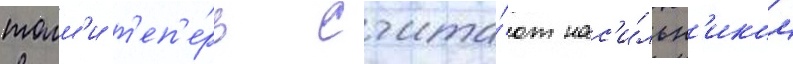
томм'и т'еп'е́рь счита́ют нас'и́льн'иком